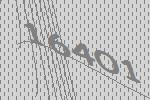
16401